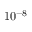
1 0 ^ { - 8 }